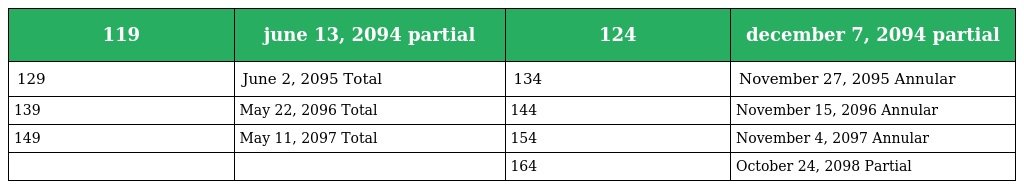
| 119 | june 13, 2094 partial | 124 | december 7, 2094 partial |
 | --- | --- | --- | --- |
 | 129 | June 2, 2095 Total | 134 | November 27, 2095 Annular |
 | 139 | May 22, 2096 Total | 144 | November 15, 2096 Annular |
 | 149 | May 11, 2097 Total | 154 | November 4, 2097 Annular |
 |  |  | 164 | October 24, 2098 Partial |